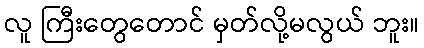
လူ ကြီးတွေတောင် မှတ်လို့မလွယ် ဘူး။